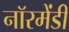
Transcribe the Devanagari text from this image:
नॉरमेंडी